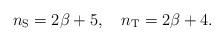
LaTeX: \begin{align*}n_{\rm S}=2\beta +5, \quad n_{\rm T}=2\beta +4.\end{align*}